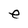
Character: e